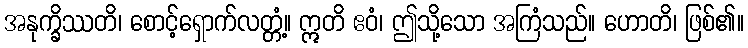
အနုက္ခိဿတိ၊ စောင့်ရှောက်လတ္တံ့။ ဣတိ ဧဝံ၊ ဤသို့သော အကြံသည်။ ဟောတိ၊ ဖြစ်၏။